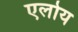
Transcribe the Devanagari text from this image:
एलोय